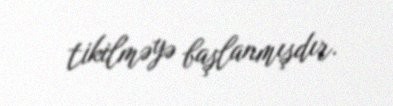
tikilməyə başlanmışdır.